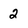
Character: 2